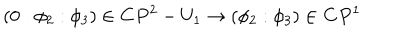
LaTeX: ( 0 : \phi _ { 2 } : \phi _ { 3 } ) \in { \bf C } P ^ { 2 } - U _ { 1 } \rightarrow ( \phi _ { 2 } : \phi _ { 3 } ) \in { \bf C } P ^ { 1 }